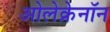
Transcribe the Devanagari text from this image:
ओलेक्रेनॉन